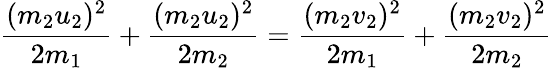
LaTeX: {\frac{(m_{2}u_{2})^{2}}{2m_{1}}}+{\frac{(m_{2}u_{2})^{2}}{2m_{2}}}={\frac{(m_{2}v_{2})^{2}}{2m_{1}}}+{\frac{(m_{2}v_{2})^{2}}{2m_{2}}}\,